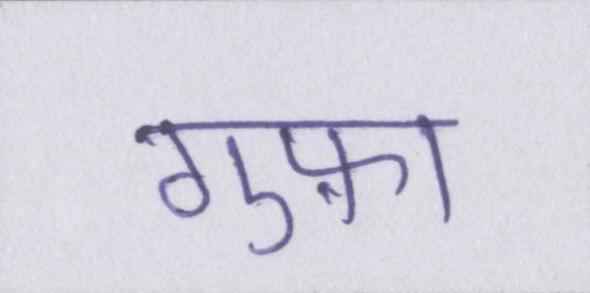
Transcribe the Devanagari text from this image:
गुफ़ा